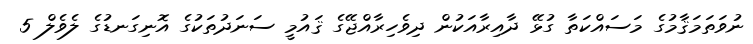
ނުވަތަމަޤާމުގެ މަސައްކަތާ ގުޅޭ ދާއިރާއަކުން ދިވެހިރާއްޖޭގެ ޤައުމީ ސަނަދުތަކުގެ އޮނިގަނޑުގެ ލެވެލް 5